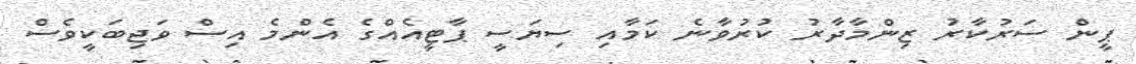
ޕީން ސަރުކާރު ޒިންމާދާރު ކުރުވާނެ ކަމާއި ސިޔަސީ ޕާޓީއެއްގެ އެންމެ އިސް ވަޖިބަކީވެސް